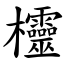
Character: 欞